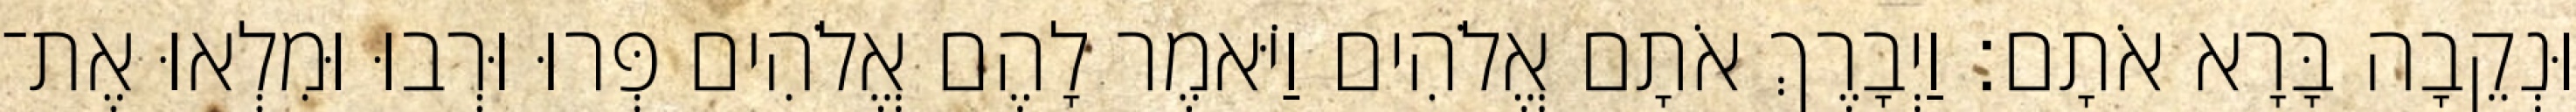
וּנְקֵבָה בָּרָא אֹתָם׃ וַיְבָרֶךְ אֹתָם אֱלֹהִים וַיֹּאמֶר לָהֶם אֱלֹהִים פְּרוּ וּרְבוּ וּמִלְאוּ אֶת־